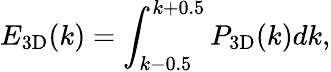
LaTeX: E_{\mathrm{{3D}}}(k)=\int_{k-0.5}^{k+0.5}P_{\mathrm{{3D}}}(k)dk,